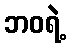
ဘဝရဲ့